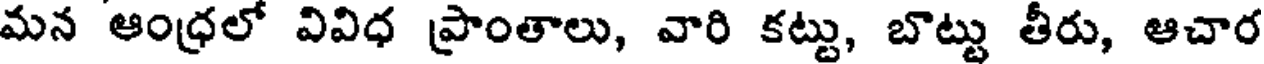
మన ఆంధ్రలో వివిధ ప్రాంతాలు, వారి కట్టు, బొట్టు తీరు, ఆచార